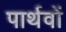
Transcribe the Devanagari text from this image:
पार्थवों